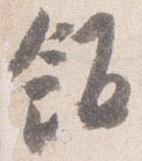
飯